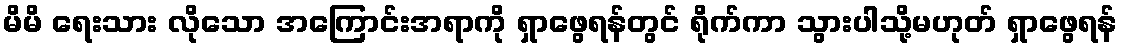
မိမိ ရေးသား လိုသော အကြောင်းအရာကို ရှာဖွေရန်တွင် ရိုက်ကာ သွားပါသို့မဟုတ် ရှာဖွေရန်